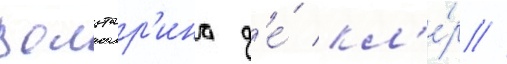
Вольтар'ина д'е́ кл'е́р //